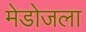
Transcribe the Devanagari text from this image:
मेडोजला